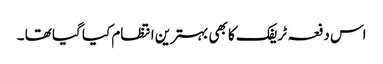
اس دفعہ ٹریفک کا بھی بہترین انتظام کیا گیا تھا ۔